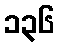
၁၃၆